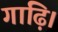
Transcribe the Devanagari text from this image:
गाढ़ि।